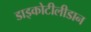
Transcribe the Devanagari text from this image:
डाइकोटीलीडान